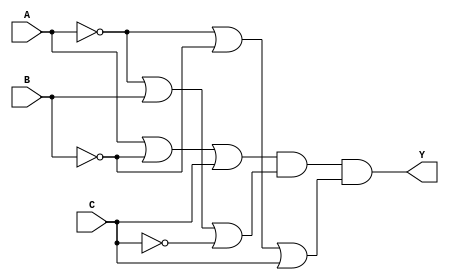
module pos_simplification (
    input wire A,          // Input variable A
    input wire B,          // Input variable B
    input wire C,          // Input variable C
    output wire Y          // Output of the POS expression
);

// Define the sum terms using OR gates
wire sum_term1;          // Represents (A + B' + C)
wire sum_term2;          // Represents (A' + B + C')
wire sum_term3;          // Represents (A' + B' + C)

// Sum Term 1: A + (NOT B) + C
assign sum_term1 = A | (~B) | C;

// Sum Term 2: (NOT A) + B + (NOT C)
assign sum_term2 = (~A) | B | (~C);

// Sum Term 3: (NOT A) + (NOT B) + C
assign sum_term3 = (~A) | (~B) | C;

// Final output Y: AND of all sum terms
assign Y = sum_term1 & sum_term2 & sum_term3;

endmodule